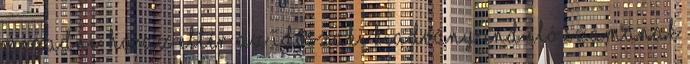
megadni, ha az eltér az időszaki kiadvány induló számának